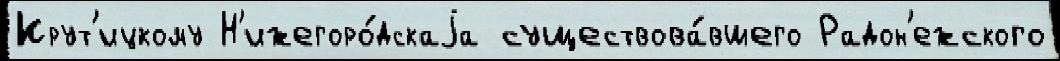
Крут'ицкому Н'ижегоро́дскаjа существова́вшего Радон'ежского